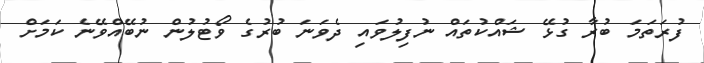
ފުރަތަމަ ބުރާ ގުޅޭ ޝައްކުތައް ނުފިލުވައި ދެވަނަ ބުރުގެ ވޯޓުލުން ނުބޭއްވޭނެ ކަމަށް